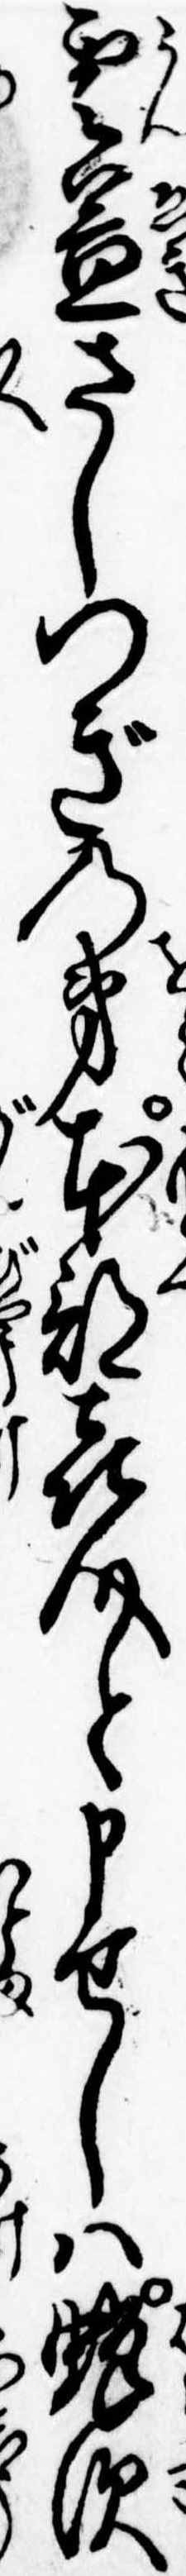
雲益さしつぎの弟本部㐂介と申せしは蜂須